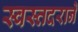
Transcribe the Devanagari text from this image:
स्वस्तदराने